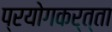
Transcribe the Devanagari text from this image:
प्रयोगकर्त्‍ता